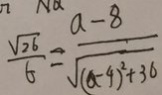
\frac { \sqrt { 2 6 } } { 6 } = \frac { a - 8 } { \sqrt { ( a - 4 ) ^ { 2 } + 3 6 } }